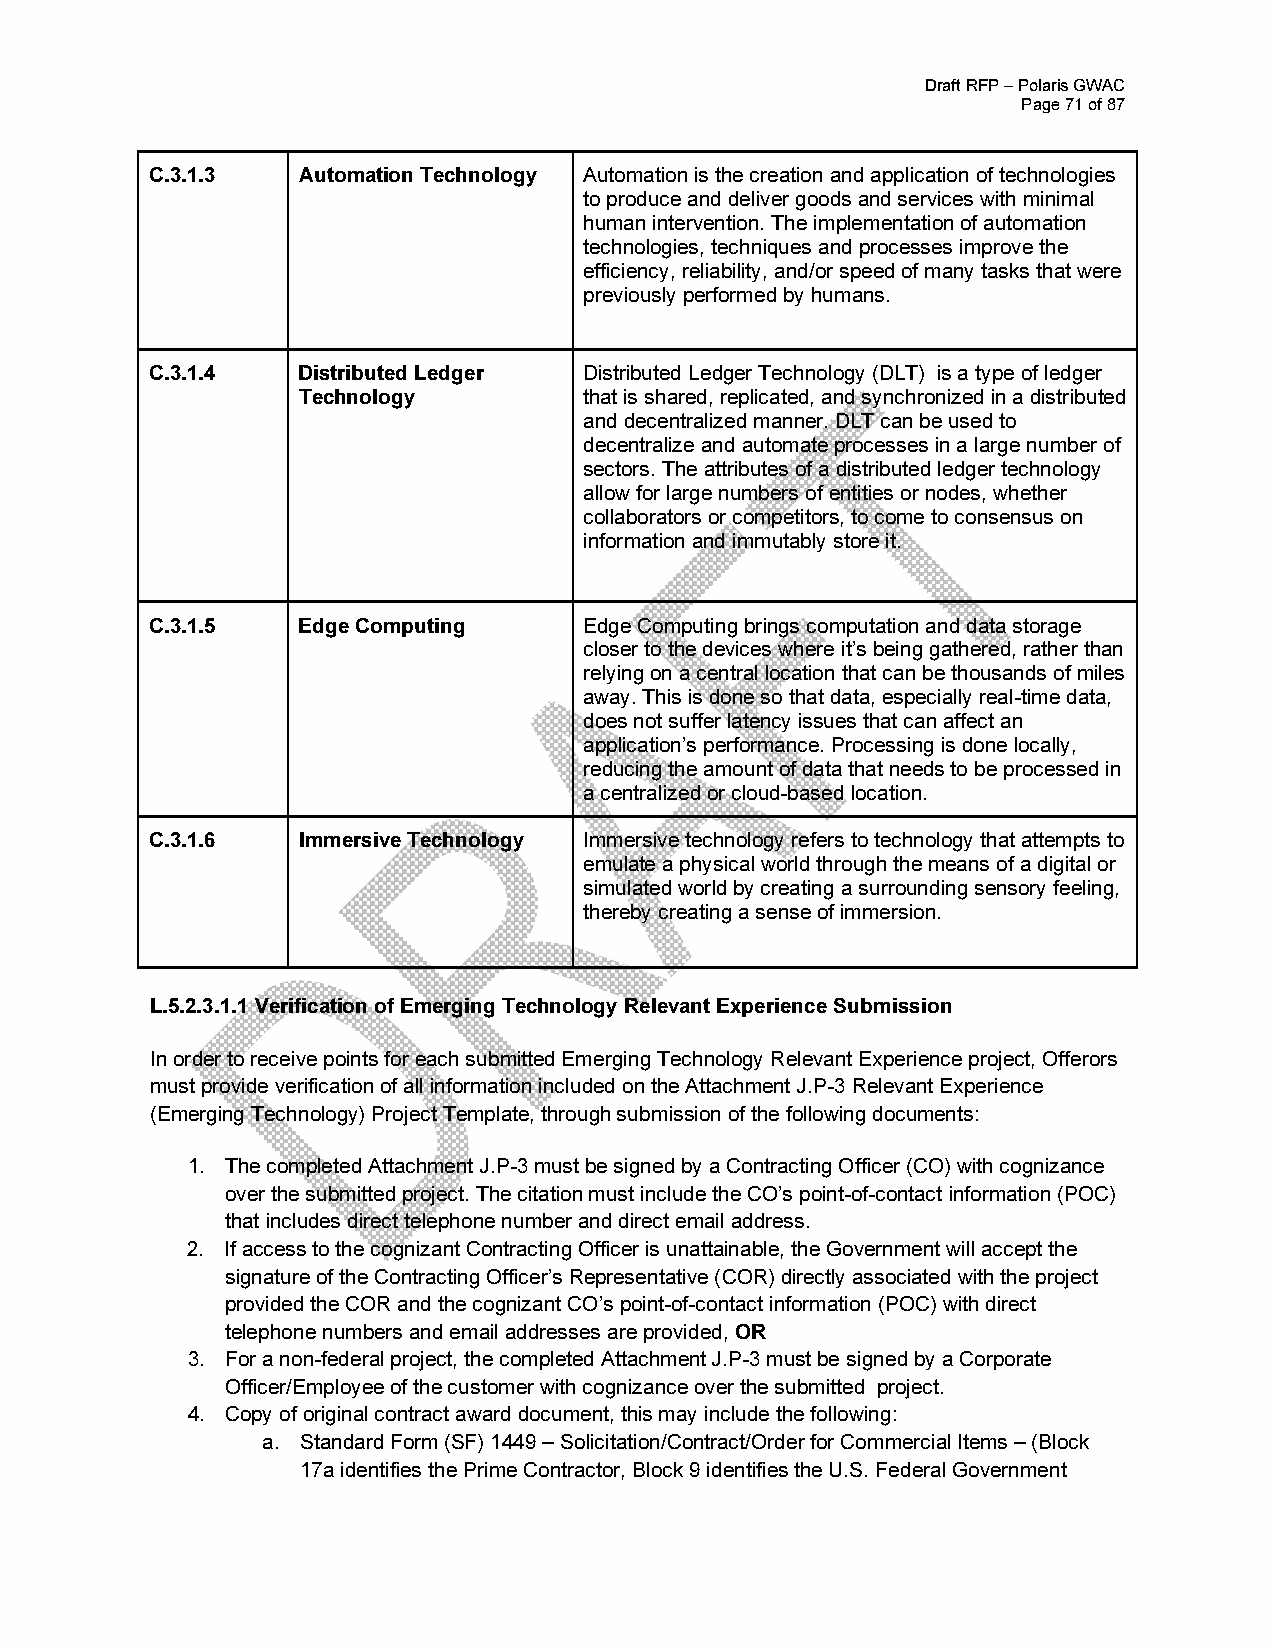
Draft RFP – Polaris GWAC
 Page 71 of 87
 C.3.1.3   Automation Technology Automation is the creation and application of technologies
 to produce and deliver goods and services with minimal
 human intervention. The implementation of automation
 technologies, techniques and processes improve the
 efficiency, reliability, and/or speed of many tasks that were
 previously performed by humans.
 C.3.1.4   Distributed Ledger Distributed Ledger Technology (DLT) is a type of ledger
 Technology         that is shared, replicated, and synchronized in a distributed
 and decentralized manner. DLT can be used to
 decentralize and automate processes in a large number of
 sectors. The attributes of a distributed ledger technology
 allow for large numbers of entities or nodes, whether
 collaborators or competitors, to come to consensus on
 information and immutably store it.
 C.3.1.5   Edge Computing     Edge Computing brings computation and data storage
 closer to the devices where it’s being gathered, rather than
 relying on a central location that can be thousands of miles
 away. This is done so that data, especially real-time data,
 does not suffer latency issues that can affect an
 application’s performance. Processing is done locally,
 reducing the amount of data that needs to be processed in
 a centralized or cloud-based location.
 C.3.1.6   Immersive Technology Immersive technology refers to technology that attempts to
 emulate a physical world through the means of a digital or
 simulated world by creating a surrounding sensory feeling,
 thereby creating a sense of immersion.
 L.5.2.3.1.1 Verification of Emerging Technology Relevant Experience Submission
 In order to receive points for each submitted Emerging Technology Relevant Experience project, Offerors
 must provide verification of all information included on the Attachment J.P-3 Relevant Experience
 (Emerging Technology) Project Template, through submission of the following documents:
 1. The completed Attachment J.P-3 must be signed by a Contracting Officer (CO) with cognizance
 over the submitted project. The citation must include the CO’s point-of-contact information (POC)
 that includes direct telephone number and direct email address.
 2. If access to the cognizant Contracting Officer is unattainable, the Government will accept the
 signature of the Contracting Officer’s Representative (COR) directly associated with the project
 provided the COR and the cognizant CO’s point-of-contact information (POC) with direct
 telephone numbers and email addresses are provided, OR
 3. For a non-federal project, the completed Attachment J.P-3 must be signed by a Corporate
 Officer/Employee of the customer with cognizance over the submitted project.
 4. Copy of original contract award document, this may include the following:
 a. Standard Form (SF) 1449 – Solicitation/Contract/Order for Commercial Items – (Block
 17a identifies the Prime Contractor, Block 9 identifies the U.S. Federal Government